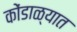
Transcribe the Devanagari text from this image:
कोंडाळ्यात